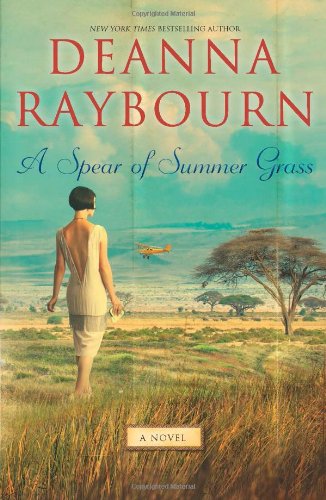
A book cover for A Spear of Summer Grass; Deanna Raybourn; Literature & Fiction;